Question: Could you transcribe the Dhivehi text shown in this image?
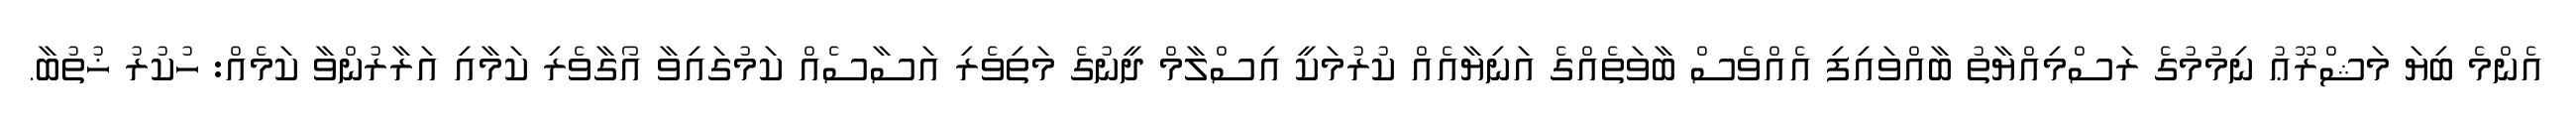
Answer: އެންމެ ބިޔަ މަޝްރޫޢު ނިމުމުގެ ރަސްމިއްޔާތު ބާއްވައިފި އެއްވެސް ބާވަތެއްގެ އަނިޔާއެއް ކުރުމަކީ އިސްލާމް ދީނުގެ މަތިވެރި އަސާސެއް ކަމުގައިވާ އޯގާވެރި ކަމާއި އަރާރުންވާ ކަމެއް: ހުކުރު ޚުތުބާ.